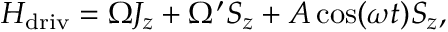
H _ { \mathrm { d r i v } } = \Omega J _ { z } + \Omega ^ { \prime } S _ { z } + A \cos ( \omega t ) S _ { z } ,